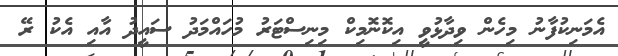
އެމަނިކުފާނު މިހެން ވިދާޅުވީ އިކޮނޮމިކް މިނިސްޓަރު މުހައްމަދު ސައީދު އާއި އެކު ރޭ